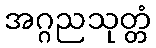
အဂ္ဂညသုတ္တံ